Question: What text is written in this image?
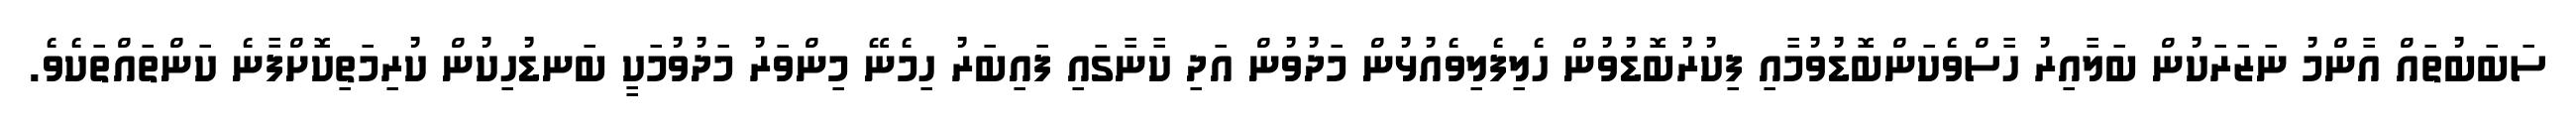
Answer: ސަބަބުތައް އާންމު ނަޒަރަކުން ބަލާއިރު ހާސްވެކަންބޮޑުވުމާއި ފިކުރުބޮޑުވުން ހެލިފެލިވެއުޅުން މަދުވުން އަދި ކާނާގައި ފައިބަރު ހިމެނޭ މިންވަރު މަދުވުމަކީ ބަނޑުހިކުން ކުރިމަތިކޮށްފާނެ ކަންތައްތަކެވެ.